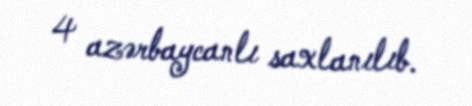
4 azərbaycanlı saxlanılıb.